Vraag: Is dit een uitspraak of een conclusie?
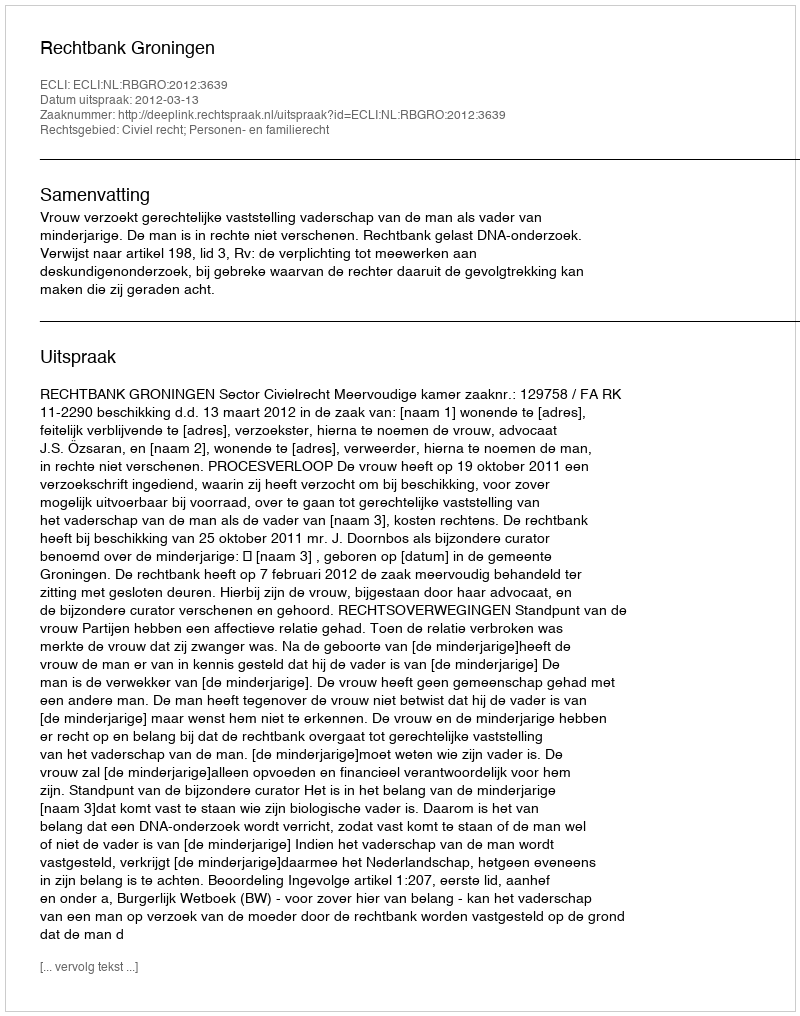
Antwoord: Uitspraak